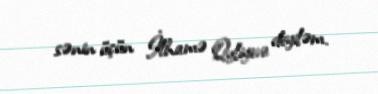
sənin üçün İlhamə Quliyeva deyiləm.